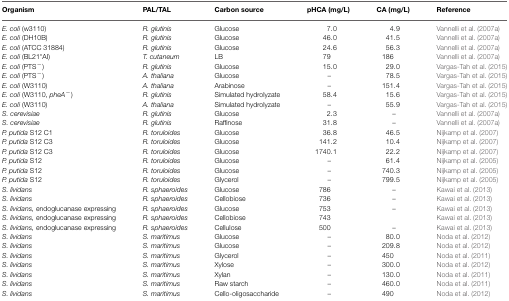
<table><thead><tr><td><b>Organism</b></td><td><b>PAL/TAL</b></td><td><b>Carbon source</b></td><td><b>pHCA (mg/L)</b></td><td><b>CA (mg/L)</b></td><td><b>Reference</b></td></tr></thead><tbody><tr><td><i>E. coli</i> (w3110)</td><td><i>R. glutinis</i></td><td>Glucose</td><td>7.0</td><td>4.9</td><td>Vannelli et al. (2007a)</td></tr><tr><td><i>E. coli</i> (DH10B)</td><td><i>R. glutinis</i></td><td>Glucose</td><td>46.0</td><td>41.5</td><td>Vannelli et al. (2007a)</td></tr><tr><td><i>E. coli</i> (ATCC 31884)</td><td><i>R. glutinis</i></td><td>Glucose</td><td>24.6</td><td>56.3</td><td>Vannelli et al. (2007a)</td></tr><tr><td><i>E. coli</i> (BL21*AI)</td><td><i>T. cutaneum</i></td><td>LB</td><td>79</td><td>186</td><td>Vannelli et al. (2007a)</td></tr><tr><td><i>E. coli</i> (PTS<sup>−</sup>)</td><td><i>R. glutinis</i></td><td>Glucose</td><td>15.0</td><td>29.0</td><td>Vargas-Tah et al. (2015)</td></tr><tr><td><i>E. coli</i> (PTS<sup>−</sup>)</td><td><i>A. thaliana</i></td><td>Glucose</td><td>–</td><td>78.5</td><td>Vargas-Tah et al. (2015)</td></tr><tr><td><i>E. coli</i> (W3110)</td><td><i>A. thaliana</i></td><td>Arabinose</td><td>–</td><td>151.4</td><td>Vargas-Tah et al. (2015)</td></tr><tr><td><i>E. coli</i> (W3110, <i>pheA</i><sup>−</sup>)</td><td><i>R. glutinis</i></td><td>Simulated hydrolyzate</td><td>58.4</td><td>15.6</td><td>Vargas-Tah et al. (2015)</td></tr><tr><td><i>E. coli</i> (W3110)</td><td><i>A. thaliana</i></td><td>Simulated hydrolyzate</td><td>–</td><td>55.9</td><td>Vargas-Tah et al. (2015)</td></tr><tr><td><i>S. cerevisiae</i></td><td><i>R. glutinis</i></td><td>Glucose</td><td>2.3</td><td>–</td><td>Vannelli et al. (2007a)</td></tr><tr><td><i>S. cerevisiae</i></td><td><i>R. glutinis</i></td><td>Raffinose</td><td>31.8</td><td>–</td><td>Vannelli et al. (2007a)</td></tr><tr><td><i>P. putida</i> S12 C1</td><td><i>R. toruloides</i></td><td>Glucose</td><td>36.8</td><td>46.5</td><td>Nijkamp et al. (2007)</td></tr><tr><td><i>P. putida</i> S12 C3</td><td><i>R. toruloides</i></td><td>Glucose</td><td>141.2</td><td>10.4</td><td>Nijkamp et al. (2007)</td></tr><tr><td><i>P. putida</i> S12 C3</td><td><i>R. toruloides</i></td><td>Glucose</td><td>1740.1</td><td>22.2</td><td>Nijkamp et al. (2007)</td></tr><tr><td><i>P. putida</i> S12</td><td><i>R. toruloides</i></td><td>Glucose</td><td>–</td><td>61.4</td><td>Nijkamp et al. (2005)</td></tr><tr><td><i>P. putida</i> S12</td><td><i>R. toruloides</i></td><td>Glucose</td><td>–</td><td>740.3</td><td>Nijkamp et al. (2005)</td></tr><tr><td><i>P. putida</i> S12</td><td><i>R. toruloides</i></td><td>Glycerol</td><td>–</td><td>799.5</td><td>Nijkamp et al. (2005)</td></tr><tr><td><i>S. lividans</i></td><td><i>R. sphaeroides</i></td><td>Glucose</td><td>786</td><td>–</td><td>Kawai et al. (2013)</td></tr><tr><td><i>S. lividans</i></td><td><i>R. sphaeroides</i></td><td>Cellobiose</td><td>736</td><td>–</td><td>Kawai et al. (2013)</td></tr><tr><td><i>S. lividans</i>, endoglucanase expressing</td><td><i>R. sphaeroides</i></td><td>Glucose</td><td>753</td><td>–</td><td>Kawai et al. (2013)</td></tr><tr><td><i>S. lividans</i>, endoglucanase expressing</td><td><i>R. sphaeroides</i></td><td>Cellobiose</td><td>743</td><td></td><td>Kawai et al. (2013)</td></tr><tr><td><i>S. lividans</i>, endoglucanase expressing</td><td><i>R. sphaeroides</i></td><td>Cellulose</td><td>500</td><td>–</td><td>Kawai et al. (2013)</td></tr><tr><td><i>S. lividans</i></td><td><i>S. maritimus</i></td><td>Glucose</td><td>–</td><td>80.0</td><td>Noda et al. (2012)</td></tr><tr><td><i>S. lividans</i></td><td><i>S. maritimus</i></td><td>Glucose</td><td>–</td><td>209.8</td><td>Noda et al. (2012)</td></tr><tr><td><i>S. lividans</i></td><td><i>S. maritimus</i></td><td>Glycerol</td><td>–</td><td>450</td><td>Noda et al. (2011)</td></tr><tr><td><i>S. lividans</i></td><td><i>S. maritimus</i></td><td>Xylose</td><td>–</td><td>300.0</td><td>Noda et al. (2012)</td></tr><tr><td><i>S. lividans</i></td><td><i>S. maritimus</i></td><td>Xylan</td><td>–</td><td>130.0</td><td>Noda et al. (2011)</td></tr><tr><td><i>S. lividans</i></td><td><i>S. maritimus</i></td><td>Raw starch</td><td>–</td><td>460.0</td><td>Noda et al. (2011)</td></tr><tr><td><i>S. lividans</i></td><td><i>S. maritimus</i></td><td>Cello-oligosaccharide</td><td>–</td><td>490</td><td>Noda et al. (2012)</td></tr></tbody></table>